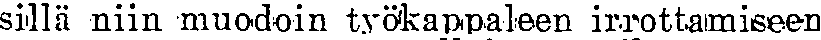
sillä niin muodoin työkappaleen irrottamiseen